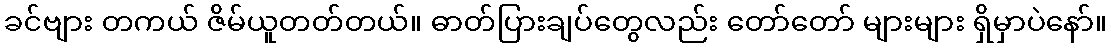
ခင်ဗျား တကယ် ဇိမ်ယူတတ်တယ်။ ဓာတ်ပြားချပ်တွေလည်း တော်တော် များများ ရှိမှာပဲနော်။